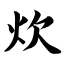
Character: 炊